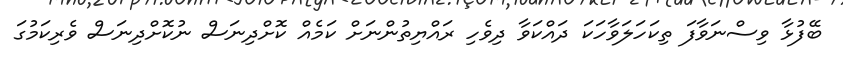
ބޭފުޅާ ވިސްނަވާފަ ތިކަހަލަވާހަކަ ދައްކަވާ ދިވެހި ރައްޔިތުންނަށް ކަމެއް ކޮށްދިނަސް ނުކޮށްދިނަސް ވެރިކަމުގަ